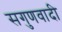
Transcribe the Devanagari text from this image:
सगुणवादी